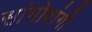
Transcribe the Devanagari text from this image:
सांगोवांगी